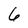
Character: 6